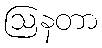
ဩနတာ